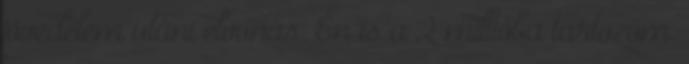
jövedelem utáni elvonás. Én is a 2 millióba tartozom.